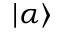
\left\vert \alpha \right\rangle